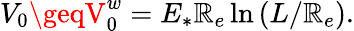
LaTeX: V_{0}\geqV_{0}^{w}=E_{\ast}\mathbb{R}_{e}\ln\left(L/\mathbb{R}_{e}\right).